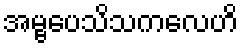
အမ္ဗပေသိသကလေဟိ